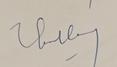
Signature authenticity: genuine